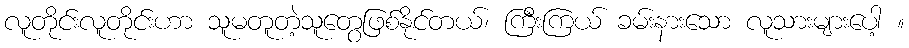
လူတိုင်းလူတိုင်းဟာ သူမတူတဲ့သူတွေဖြစ်နိုင်တယ်၊ ကြီးကြယ် ခမ်းနားသော လူသားများပေါ့ ။